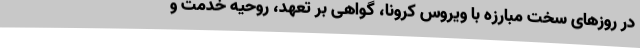
در روزهای سخت مبارزه با ویروس کرونا، گواهی بر تعهد، روحیه خدمت و